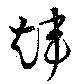
煒